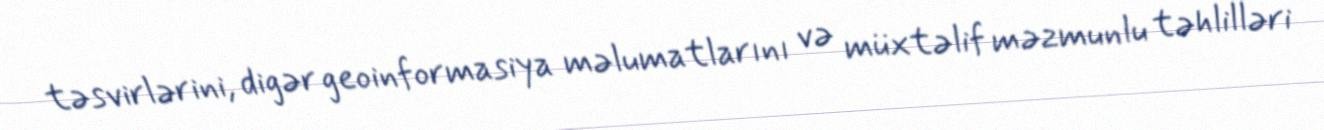
təsvirlərini, digər geoinformasiya məlumatlarını və müxtəlif məzmunlu təhlilləri